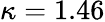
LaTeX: \kappa=1.46